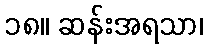
၁၈။ ဆန်းအရသာ၊